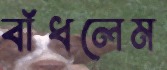
বাঁধলেম